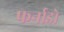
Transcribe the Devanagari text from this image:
फर्नाडो